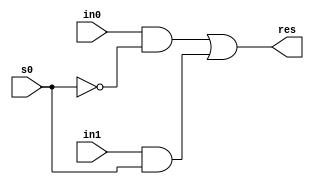
`timescale 1 ns / 1 ps

`define NOT not #10
`define AND and #30
`define OR or #30
`define XOR xor #30

module two21Mux
(
    output res,
    input in0,
    input in1,
    input s0
);
    // takes in 2 inputs and spits out 1 output
    wire ns0;
    wire out0;
    wire out1;

    not #10 notgate0(ns0,s0);

    and #30 andgate0(out0,in0,ns0);
    and #30 andgate1(out1,in1,s0);

    or #30 orgate0(res,out0,out1);
endmodule


module FullAdder         //MOdule for a full adder
(
    output sum,
    output carryout,
    input a,
    input b,
    input carryin
);
	//Full adder for 1 bit operations
	
	wire out0;
	wire out1;
	wire out2;

	xor #20 xorgate0(out0,a,b);
	xor #20 xorgate1(sum,carryin,out0);

	and #30 andgate0(out1,out0,carryin);
	and #30 andgate1(out2,a,b);

	or #30 orgate0(carryout,out2,out1);

endmodule

module FullAdder32bit
(
	output signed[31:0] sum,
	output carryout,
	output overflow,
	input signed [31:0] a,
	input signed [31:0] b,
	input carryin
);

	wire[30:0] cout;
	
	FullAdder add0(sum[0],cout[0],a[0],b[0],carryin);
	FullAdder add1(sum[1],cout[1],a[1],b[1],cout[0]);
	FullAdder add2(sum[2],cout[2],a[2],b[2],cout[1]);
	FullAdder add3(sum[3],cout[3],a[3],b[3],cout[2]);
	FullAdder add4(sum[4],cout[4],a[4],b[4],cout[3]);
	FullAdder add5(sum[5],cout[5],a[5],b[5],cout[4]);
	FullAdder add6(sum[6],cout[6],a[6],b[6],cout[5]);
	FullAdder add7(sum[7],cout[7],a[7],b[7],cout[6]);
	FullAdder add8(sum[8],cout[8],a[8],b[8],cout[7]);
	FullAdder add9(sum[9],cout[9],a[9],b[9],cout[8]);
	FullAdder add10(sum[10],cout[10],a[10],b[10],cout[9]);
	FullAdder add11(sum[11],cout[11],a[11],b[11],cout[10]);
	FullAdder add12(sum[12],cout[12],a[12],b[12],cout[11]);
	FullAdder add13(sum[13],cout[13],a[13],b[13],cout[12]);
	FullAdder add14(sum[14],cout[14],a[14],b[14],cout[13]);
	FullAdder add15(sum[15],cout[15],a[15],b[15],cout[14]);
	FullAdder add16(sum[16],cout[16],a[16],b[16],cout[15]);
	FullAdder add17(sum[17],cout[17],a[17],b[17],cout[16]);
	FullAdder add18(sum[18],cout[18],a[18],b[18],cout[17]);
	FullAdder add19(sum[19],cout[19],a[19],b[19],cout[18]);
	FullAdder add20(sum[20],cout[20],a[20],b[20],cout[19]);
	FullAdder add21(sum[21],cout[21],a[21],b[21],cout[20]);
	FullAdder add22(sum[22],cout[22],a[22],b[22],cout[21]);
	FullAdder add23(sum[23],cout[23],a[23],b[23],cout[22]);
	FullAdder add24(sum[24],cout[24],a[24],b[24],cout[23]);
	FullAdder add25(sum[25],cout[25],a[25],b[25],cout[24]);
	FullAdder add26(sum[26],cout[26],a[26],b[26],cout[25]);
	FullAdder add27(sum[27],cout[27],a[27],b[27],cout[26]);
	FullAdder add28(sum[28],cout[28],a[28],b[28],cout[27]);
	FullAdder add29(sum[29],cout[29],a[29],b[29],cout[28]);
	FullAdder add30(sum[30],cout[30],a[30],b[30],cout[29]);
	FullAdder add31(sum[31],carryout,a[31],b[31],cout[30]);
	
	or #20 orgate(overflow,carryout,0);

endmodule


module FullAdderSubtractor32bit
(
	output signed[31:0] sum,
	output carryout,
	output overflow,
	input signed [31:0] a,
	input signed [31:0] b,
	input carryin,
	input sltFlag
);
	//This module is able to add and subtract any 32-bit signed number
	//Inputs: signed a,b & carryin,sltFlag
	//Outputs: signed sum & carryout,overflow
	
	//Instantiate variables to hold values
	wire[30:0] cout;
	wire[31:0] bpost;
	wire[31:0] sumHolder; //hold sum since sltFlag demands a 1 or 0
	wire carryoutHolder;

	xor #640 maybeflip[31:0](bpost,b,carryin);//carryin is selective invert

	FullAdder add0(sumHolder[0],cout[0],a[0],bpost[0],carryin);
	FullAdder add1(sumHolder[1],cout[1],a[1],bpost[1],cout[0]);
	FullAdder add2(sumHolder[2],cout[2],a[2],bpost[2],cout[1]);
	FullAdder add3(sumHolder[3],cout[3],a[3],bpost[3],cout[2]);
	FullAdder add4(sumHolder[4],cout[4],a[4],bpost[4],cout[3]);
	FullAdder add5(sumHolder[5],cout[5],a[5],bpost[5],cout[4]);
	FullAdder add6(sumHolder[6],cout[6],a[6],bpost[6],cout[5]);
	FullAdder add7(sumHolder[7],cout[7],a[7],bpost[7],cout[6]);
	FullAdder add8(sumHolder[8],cout[8],a[8],bpost[8],cout[7]);
	FullAdder add9(sumHolder[9],cout[9],a[9],bpost[9],cout[8]);
	FullAdder add10(sumHolder[10],cout[10],a[10],bpost[10],cout[9]);
	FullAdder add11(sumHolder[11],cout[11],a[11],bpost[11],cout[10]);
	FullAdder add12(sumHolder[12],cout[12],a[12],bpost[12],cout[11]);
	FullAdder add13(sumHolder[13],cout[13],a[13],bpost[13],cout[12]);
	FullAdder add14(sumHolder[14],cout[14],a[14],bpost[14],cout[13]);
	FullAdder add15(sumHolder[15],cout[15],a[15],bpost[15],cout[14]);
	FullAdder add16(sumHolder[16],cout[16],a[16],bpost[16],cout[15]);
	FullAdder add17(sumHolder[17],cout[17],a[17],bpost[17],cout[16]);
	FullAdder add18(sumHolder[18],cout[18],a[18],bpost[18],cout[17]);
	FullAdder add19(sumHolder[19],cout[19],a[19],bpost[19],cout[18]);
	FullAdder add20(sumHolder[20],cout[20],a[20],bpost[20],cout[19]);
	FullAdder add21(sumHolder[21],cout[21],a[21],bpost[21],cout[20]);
	FullAdder add22(sumHolder[22],cout[22],a[22],bpost[22],cout[21]);
	FullAdder add23(sumHolder[23],cout[23],a[23],bpost[23],cout[22]);
	FullAdder add24(sumHolder[24],cout[24],a[24],bpost[24],cout[23]);
	FullAdder add25(sumHolder[25],cout[25],a[25],bpost[25],cout[24]);
	FullAdder add26(sumHolder[26],cout[26],a[26],bpost[26],cout[25]);
	FullAdder add27(sumHolder[27],cout[27],a[27],bpost[27],cout[26]);
	FullAdder add28(sumHolder[28],cout[28],a[28],bpost[28],cout[27]);
	FullAdder add29(sumHolder[29],cout[29],a[29],bpost[29],cout[28]);
	FullAdder add30(sumHolder[30],carryoutHolder,a[30],bpost[30],cout[29]);//most sig bit for 32-bit signed ader
	FullAdder add31(sumHolder[31],cout[30],a[31],bpost[31],carryoutHolder);
	// Sum is complete here

	wire exnoroutput;
	wire xoroutput;
	
	wire exnorHolder;
	
	//computer overflow.
	xor #20 xorgate0(exnorHolder,a[31],bpost[31]);
	not #10 nope0(exnoroutput,exnorHolder);

	xor #20 xorgate1(xoroutput,bpost[31],sumHolder[31]);

	and #30 andgate0(overflow,exnoroutput,xoroutput);
	
	//if not SLT - pass through sum
	two21Mux mux00(carryout,carryoutHolder,1'd0,sltFlag);
	two21Mux mux0(sum[0],sumHolder[0],sumHolder[31],sltFlag);

	generate
	genvar i;
	for(i=1;i<32;i=i+1)begin
		two21Mux muxes(sum[i],
			       sumHolder[i],
			       1'b0,
			       sltFlag);
	end
	endgenerate

endmodule